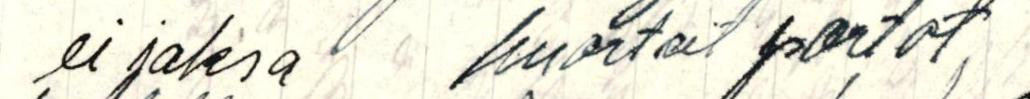
ei jaksa  huortait portot